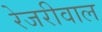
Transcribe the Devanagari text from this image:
रेजरीवाल